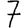
Digit: 7